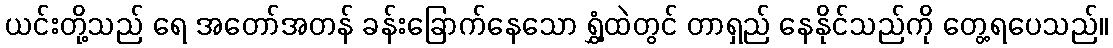
ယင်းတို့သည် ရေ အတော်အတန် ခန်းခြောက်နေသော ရွှံ့ထဲတွင် တာရှည် နေနိုင်သည်ကို တွေ့ရပေသည်။